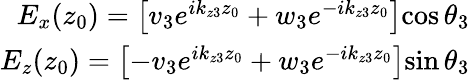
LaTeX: \begin{array}{r}{E_{x}(z_{0})=\left[v_{3}e^{ik_{z3}z_{0}}+w_{3}e^{-ik_{z3}z_{0}}\right]\mathrm{cos}\, \theta_{3}}\\ {E_{z}(z_{0})=\left[-v_{3}e^{ik_{z3}z_{0}}+w_{3}e^{-ik_{z3}z_{0}}\right]\mathrm{sin}\, \theta_{3}}\end{array}